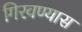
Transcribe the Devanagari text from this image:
गिरवण्यास